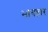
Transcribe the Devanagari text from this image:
भागहार